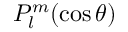
P _ { l } ^ { m } ( \cos \theta )